Civil Veterinary Dept. Bombay admin report 1907-1913 - 1907-1913
Year: 1907
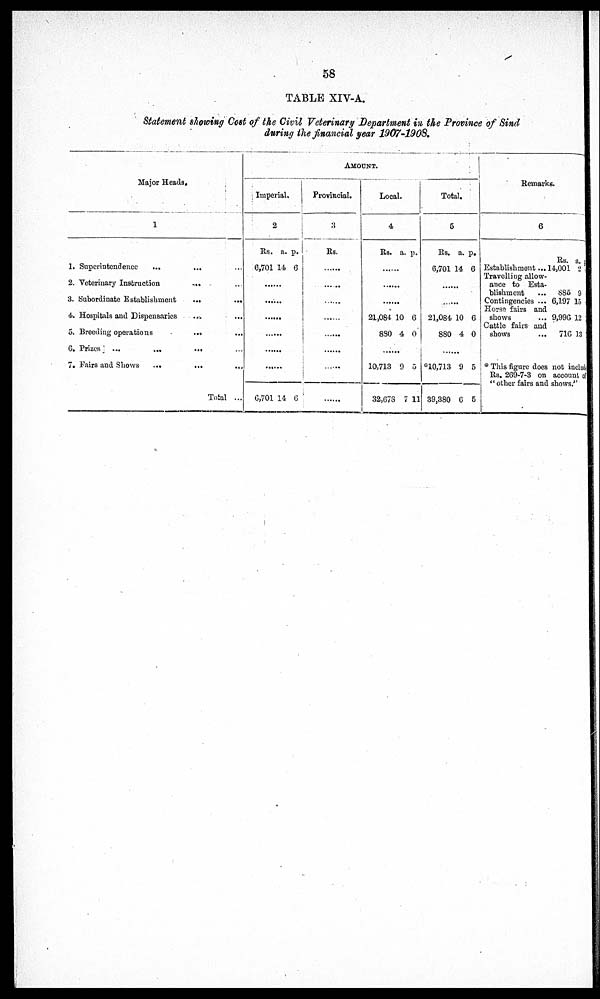
58
TABLE XIV-A.
Statement showing Cost of the Civil Veterinary Department in the Province of Bind
during the financial year 1907-1908,
Major Heads,
1
1. Superintendence
...
...
...
2. Veterinary Instruction
...
...
3. Subordinate Establishment
...
...
4. Hospitals and Dispensaries ... ...
5. Breeding operations
...
...
6. Prizes
...
...
...
...
7. Fairs and Shows
...
...
...
Total ...
Amount.
Imperial.
2
Rs. a. p.
6,701 14 6
......
.......
.........
......
.........
.......
6,701 14 6
Provincial.
3
Rs.
.........
........
..........
......
.........
......
.....
Local.
4
Rs. a. p.
21,084 10 6
830 4 0
........
10,713 9 5
32,678 7 11
Total.
5
Rs. a. p.
6,701 14 6
21,084 10 6
880 4 0
.........
10,713 9 5
39,380 6 5
Remarks.
6
Rs. a. p
Establishment ... 14,001 2
Travelling allow-
ance to Esta-
blishment
... 885 9
Contingencies ... 6,197 15
Horse fairs and
shows
... 9,996 12
Cattle fairs and
shows
...
71G 13
* This figure does not includ
Rs. 269-7-3 on account of
" other fairs and shows."